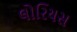
લોરિયસ